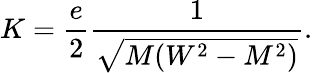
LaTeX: K={\frac{e}{2}}{\frac{1}{\sqrt{M(W^{2}-M^{2})}}}.\,